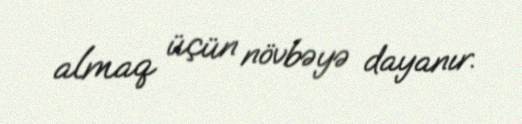
almaq üçün növbəyə dayanır.